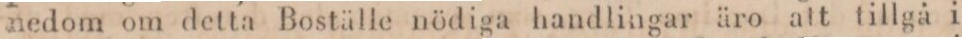
nedom om detta Boställe nödiga handlingar äro att tillgå i